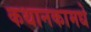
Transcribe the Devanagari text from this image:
कथानकामधे